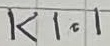
Text: K1.1